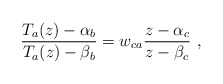
\begin{align*}\frac{T_a(z)-\alpha _b}{T_a(z)-\beta _b}=w_{ca}\frac{z-\alpha _c}{z-\beta _c}\ ,\end{align*}